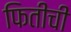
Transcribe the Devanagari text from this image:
फितीची